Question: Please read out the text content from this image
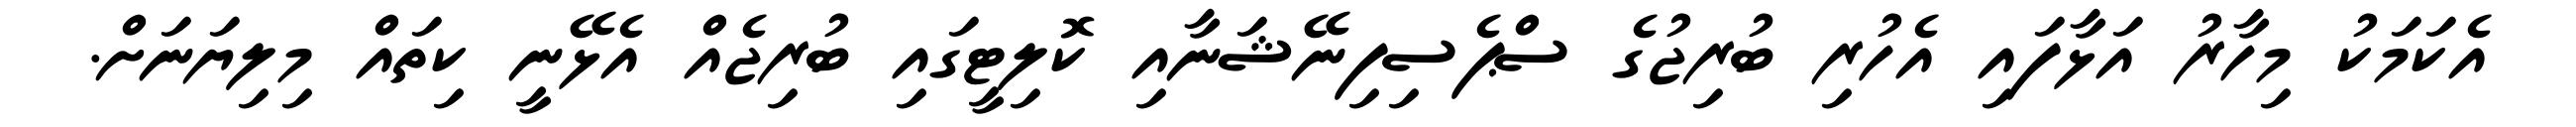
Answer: އެކަމަކު މިހާރު އަޅާފައި އެހުރި ބުރިޖުގެ ސްޕެސިފިނޭޝަނާއި ކޮލިޓީގައި ބުރިޖެއް އެޅޭނީ ކިތައް މިލިޔަނަށް.